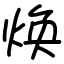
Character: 焕